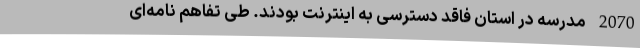
2070 مدرسه در استان فاقد دسترسی به اینترنت بودند. طی تفاهم نامه‌ای